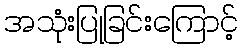
အသုံးပြုခြင်းကြောင့်